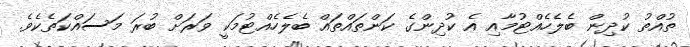
ތުއްތު ކުދިން ބެލެހެއްޓުމާއި އެ ކުދިންގެ ކަންތައްތައް ބެލެހެއްޓުމަކީ ވަރަށް ބުރަ މަސައްކަތެކެވެ.